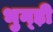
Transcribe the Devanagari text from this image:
भुन्ड़ी